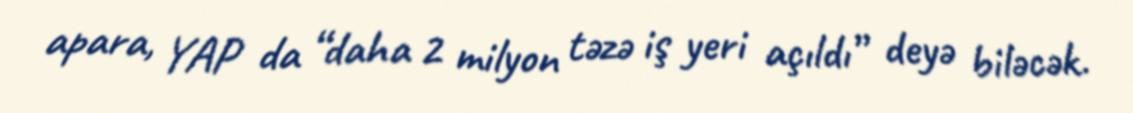
apara, YAP da “daha 2 milyon təzə iş yeri açıldı” deyə biləcək.